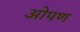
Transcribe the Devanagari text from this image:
ओपण